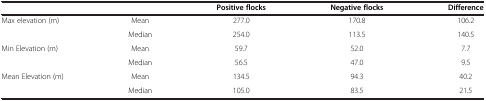
<table><thead><tr><td colspan="2"><b> </b></td><td><b>Positive flocks</b></td><td><b>Negative flocks</b></td><td><b>Difference</b></td></tr></thead><tbody><tr><td rowspan="2">Max elevation (m)</td><td>Mean</td><td>277.0</td><td>170.8</td><td>106.2</td></tr><tr><td>Median</td><td>254.0</td><td>113.5</td><td>140.5</td></tr><tr><td rowspan="2">Min Elevation (m)</td><td>Mean</td><td>59.7</td><td>52.0</td><td>7.7</td></tr><tr><td>Median</td><td>56.5</td><td>47.0</td><td>9.5</td></tr><tr><td rowspan="2">Mean Elevation (m)</td><td>Mean</td><td>134.5</td><td>94.3</td><td>40.2</td></tr><tr><td>Median</td><td>105.0</td><td>83.5</td><td>21.5</td></tr></tbody></table>